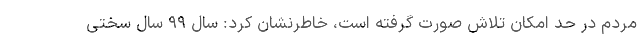
مردم در حد امکان تلاش صورت گرفته است، خاطرنشان کرد: سال ۹۹ سال سختی